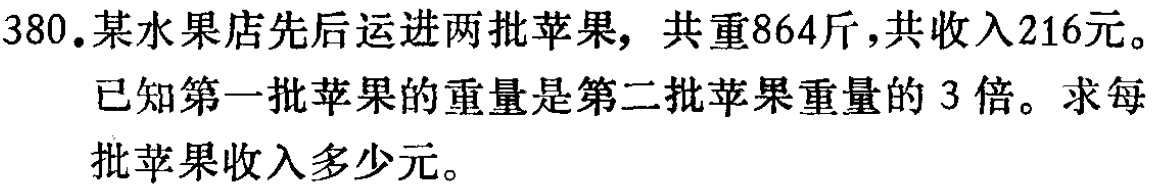
380.某水果店先后运进两批苹果，共重864斤，共收入216元。
已知第一批苹果的重量是第二批苹果重量的3倍。求每
批苹果收入多少元。